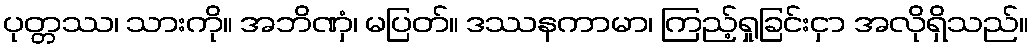
ပုတ္တဿ၊ သားကို။ အဘိဏှံ၊ မပြတ်။ ဒဿနကာမာ၊ ကြည့်ရှုခြင်းငှာ အလိုရှိသည်။